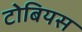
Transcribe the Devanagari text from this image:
टोबियस